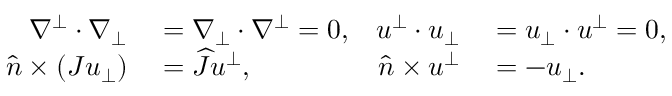
\begin{array} { r l r l } { \nabla ^ { \bot } \cdot \nabla _ { \bot } } & { { } = \nabla _ { \bot } \cdot \nabla ^ { \bot } = 0 , } & { u ^ { \bot } \cdot u _ { \bot } } & { { } = u _ { \bot } \cdot u ^ { \bot } = 0 , } \\ { \widehat { n } \times ( J u _ { \bot } ) } & { { } = \widehat { J } u ^ { \bot } , } & { \widehat { n } \times u ^ { \bot } } & { { } = - u _ { \bot } . } \end{array}